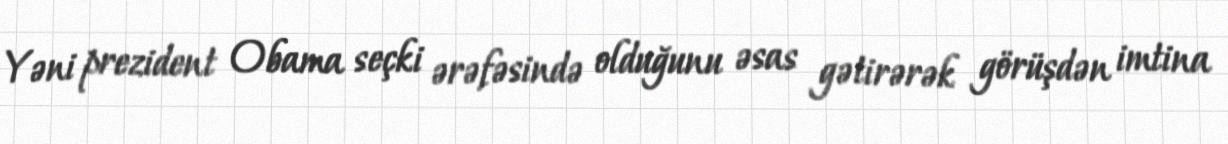
Yəni prezident Obama seçki ərəfəsində olduğunu əsas gətirərək görüşdən imtina